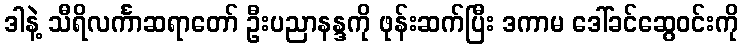
ဒါနဲ့ သီရိလင်္ကာဆရာတော် ဦးပညာနန္ဒကို ဖုန်းဆက်ပြီး ဒကာမ ဒေါ်ခင်ဆွေဝင်းကို